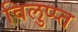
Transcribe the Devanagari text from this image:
विलुप्प्त